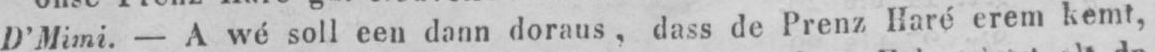
D’Mimi. - A wé soll een dann doraus, dass de Prenz Haré erem kemt,